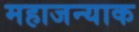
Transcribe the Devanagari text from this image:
महाजन्याक